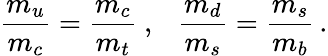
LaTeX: \frac{m_{u}}{m_{c}}=\frac{m_{c}}{m_{t}}~,~~~\frac{m_{d}}{m_{s}}=\frac{m_{s}}{m_{b}}\, .